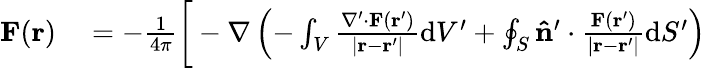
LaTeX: \begin{array}{rl}{\mathbf{F}(\mathbf{r})}&{{}=-{\frac{1}{4\pi}}{\bigg[}-\nabla\left(-\int_{V}{\frac{\nabla^{\prime}\cdot\mathbf{F}\left(\mathbf{r}^{\prime}\right)}{\left|\mathbf{r}-\mathbf{r}^{\prime}\right|}}\mathrm{d}V^{\prime}+\oint_{S}\mathbf{\hat{n}}^{\prime}\cdot{\frac{\mathbf{F}\left(\mathbf{r}^{\prime}\right)}{\left|\mathbf{r}-\mathbf{r}^{\prime}\right|}}\mathrm{d}S^{\prime}\right)}\end{array}